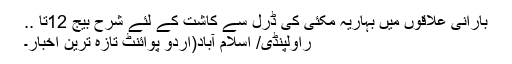
بارانی علاقوں میں بہاریہ مکئی کی ڈرل سے کاشت کے لئے شرح بیج 12تا ..
راولپنڈی/ اسلام آباد(اُردو پوائنٹ تازہ ترین اخبار۔